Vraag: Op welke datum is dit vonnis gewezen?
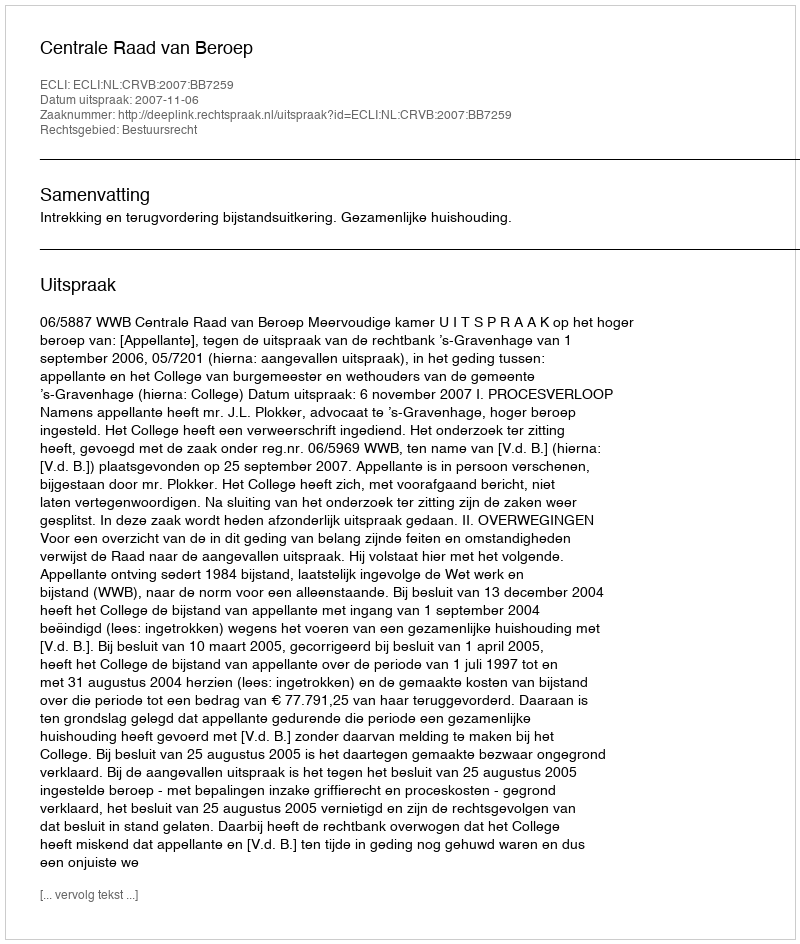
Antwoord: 2007-11-06